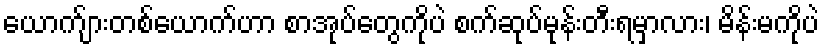
ယောက်ျားတစ်ယောက်ဟာ စာအုပ်တွေကိုပဲ စက်ဆုပ်မုန်းတီးရမှာလား၊ မိန်းမကိုပဲ